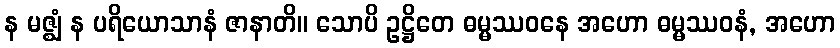
န မဇ္ဈံ န ပရိယောသာနံ ဇာနာတိ။ သောပိ ဥဋ္ဌိတေ ဓမ္မဿဝနေ အဟော ဓမ္မဿဝနံ, အဟော